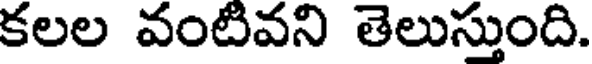
కలల వంటివని తెలుస్తుంది.